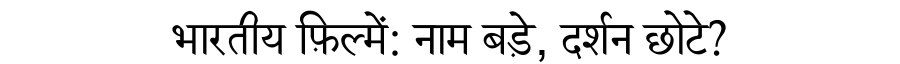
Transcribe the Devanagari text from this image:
भारतीय फ़िल्में: नाम बड़े, दर्शन छोटे?